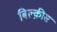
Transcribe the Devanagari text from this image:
बिल्क़ीस